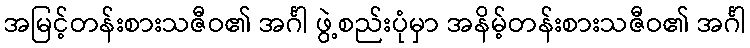
အမြင့်တန်းစားသဇီဝ၏ အင်္ဂါ ဖွဲ့စည်းပုံမှာ အနိမ့်တန်းစားသဇီဝ၏ အင်္ဂါ